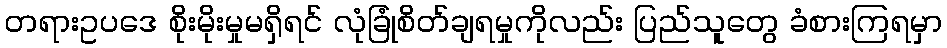
တရားဥပဒေ စိုးမိုးမှုမရှိရင် လုံခြုံစိတ်ချရမှုကိုလည်း ပြည်သူတွေ ခံစားကြရမှာ